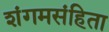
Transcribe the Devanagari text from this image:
शंगमसंहिता